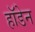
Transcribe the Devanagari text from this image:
हॉडेन